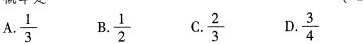
A. $$\frac{1}{3}$$ B. $$\frac{1}{2}$$ C. $$\frac{2}{3}$$ D. $$\frac{3}{4}$$